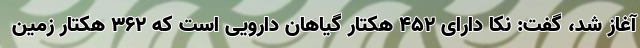
آغاز شد، گفت: نکا دارای ۴۵۲ هکتار گیاهان دارویی است که ۳۶۲ هکتار زمین